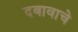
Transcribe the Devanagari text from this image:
दबावाचे